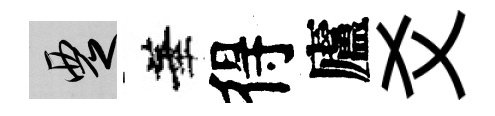
覂華得廬爻